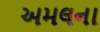
અમલના